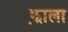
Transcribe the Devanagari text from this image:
झ़ाला